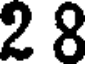
2 8